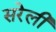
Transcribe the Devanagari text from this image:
सरेली